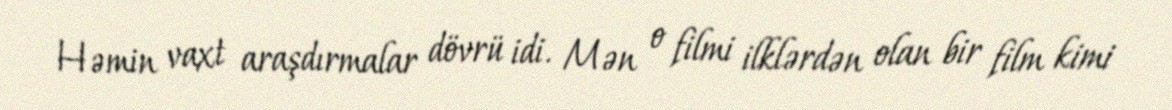
Həmin vaxt araşdırmalar dövrü idi. Mən o filmi ilklərdən olan bir film kimi